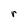
Character: r